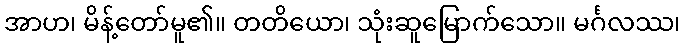
အာဟ၊ မိန့်တော်မူ၏။ တတိယော၊ သုံးဆူမြောက်သော။ မင်္ဂလဿ၊